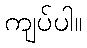
ကျပ်ပါ။